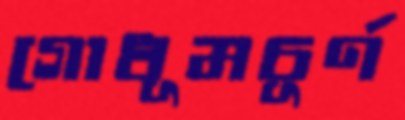
গোধূমচূর্ণ